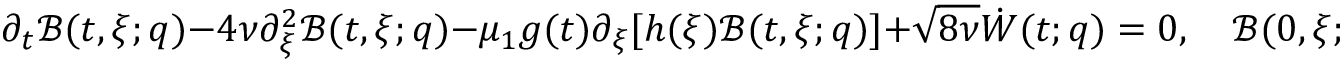
\partial _ { t } \mathcal { B } ( t , \xi ; q ) - 4 \nu \partial _ { \xi } ^ { 2 } \mathcal { B } ( t , \xi ; q ) - \mu _ { 1 } g ( t ) \partial _ { \xi } [ h ( \xi ) \mathcal { B } ( t , \xi ; q ) ] + \sqrt { 8 \nu } \dot { W } ( t ; q ) = 0 , \quad \mathcal { B } ( 0 , \xi ; q ) = 1 ,